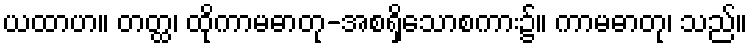
ယထာဟ။ တတ္ထ၊ ထိုကာမဓာတု-အစရှိသောစကား၌။ ကာမဓာတု၊ သည်။